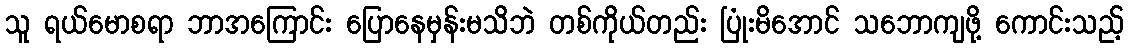
သူ ရယ်မောစရာ ဘာအကြောင်း ပြောနေမှန်းမသိဘဲ တစ်ကိုယ်တည်း ပြုံးမိအောင် သဘောကျဖို့ ကောင်းသည့်